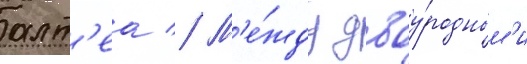
алт'еа // М'е́жду двоу́родным'и